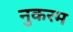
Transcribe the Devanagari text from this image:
नुकरम